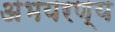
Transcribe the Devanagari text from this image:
अभयरण्य